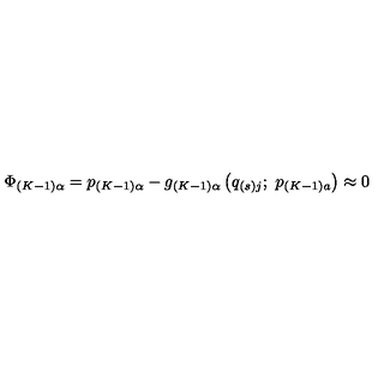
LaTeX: \Phi _ { \left( K - 1 \right) \alpha } = p _ { \left( K - 1 \right) \alpha } - g _ { \left( K - 1 \right) \alpha } \left( q _ { \left( s \right) j } ; \ p _ { \left( K - 1 \right) a } \right) \approx 0